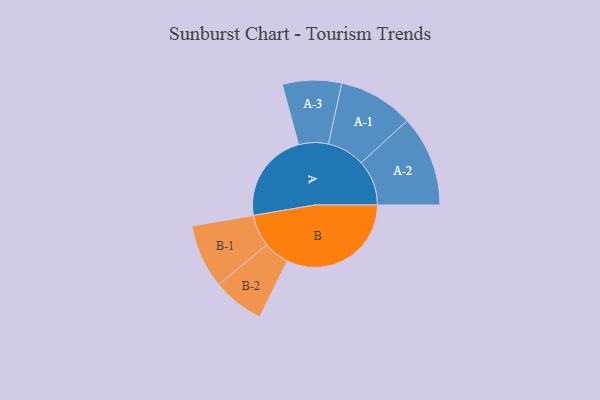
{"axis": {"x": "Segment", "y": "Value"}, "legend": ["", "A", "B"], "data": [{"x": "A", "y": 358, "type": ""}, {"x": "B", "y": 493, "type": ""}, {"x": "A-1", "y": 149, "type": "A"}, {"x": "A-2", "y": 180, "type": "A"}, {"x": "A-3", "y": 117, "type": "A"}, {"x": "B-1", "y": 127, "type": "B"}, {"x": "B-2", "y": 102, "type": "B"}]}